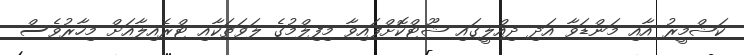
ކަޝްމީރު އާއި މަންޑަވާ އަދި ދިއްލީގައި ޝޫޓްކޮށްފައިވާ މިފިލްމުގެ ލަވަތަކާއި ޓްރެއިލާއަށް މިހާރުވެސް